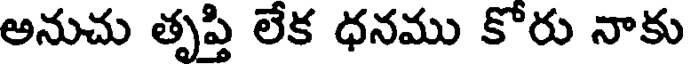
అనుచు తృప్తి లేక ధనము కోరు నాకు